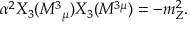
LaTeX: \alpha ^ { 2 } X _ { 3 } ( M ^ { 3 } { } _ { \mu } ) X _ { 3 } ( M ^ { 3 \mu } ) = - m _ { Z } ^ { 2 } .